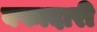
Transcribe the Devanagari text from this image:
बफादारी